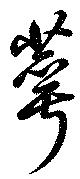
萼